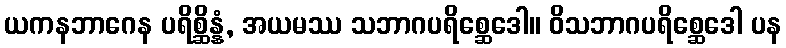
ယကနဘာဂေန ပရိစ္ဆိန္နံ, အယမဿ သဘာဂပရိစ္ဆေဒေါ။ ဝိသဘာဂပရိစ္ဆေဒေါ ပန